Leprosy and its control in the Bombay Presidency
Disease focus: Leprosy
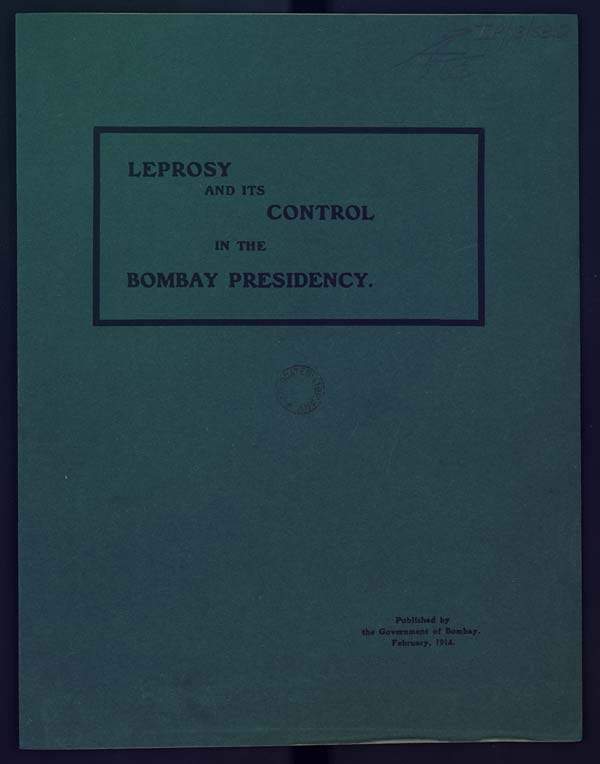
LEPROSY
AND ITS
CONTROL
IN THE
BOMBAY PRESIDENCY.
Published by
the Government of Bombay.
February, 1914.